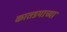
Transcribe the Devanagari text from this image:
कातडयाच्या